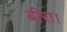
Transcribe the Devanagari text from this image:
बीरा।